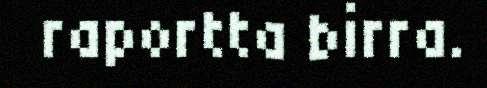
raportta birra.